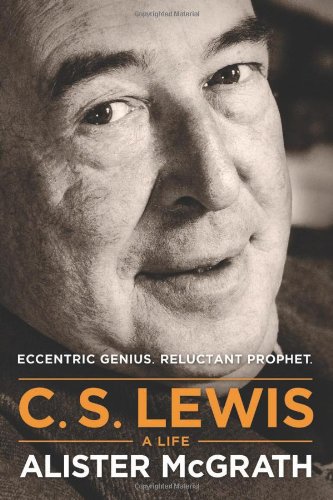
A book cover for C. S. Lewis - A Life: Eccentric Genius, Reluctant Prophet; Alister McGrath; Biographies & Memoirs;